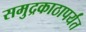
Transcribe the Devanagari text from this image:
समुद्रकाठापर्यंत